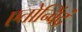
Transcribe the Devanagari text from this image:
एतोन्विंद्रं